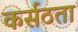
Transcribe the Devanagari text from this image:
कर्सठता